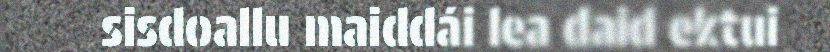
sisdoallu maiddái lea daid ektui